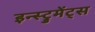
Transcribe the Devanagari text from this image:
इन्स्ट्रुमेंट्‌स